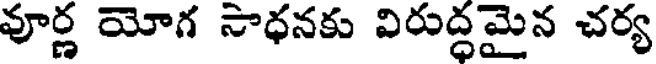
వూర్ణ యోగ సాధనకు విరుద్ధమైన చర్య